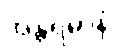
အန္တရဓာနံ